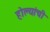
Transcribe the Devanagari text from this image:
होल्यांची